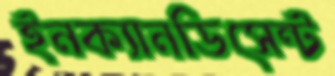
ইনক্যানডিসেন্ট